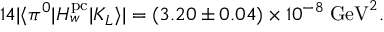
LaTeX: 1 4 | \langle \pi ^ { 0 } | H _ { w } ^ { \mathrm { p c } } | K _ { L } \rangle | = ( 3 . 2 0 \pm 0 . 0 4 ) \times 1 0 ^ { - 8 } \; \mathrm { G e V } ^ { 2 } .